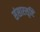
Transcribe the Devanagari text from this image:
संसारसृष्टि